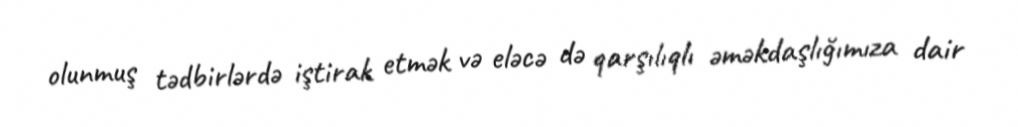
olunmuş tədbirlərdə iştirak etmək və eləcə də qarşılıqlı əməkdaşlığımıza dair